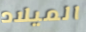
الميلاد